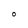
Character: O